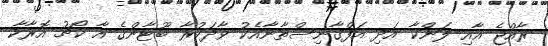
ރާއްޖެ އާއި ލަންކާ އަދި އަފްގާނިސްތާނާއެކު ވާދަކުރާ ބޫޓާންގެ އާ ކޯޗު އޮރާކާ